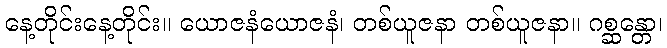
နေ့တိုင်းနေ့တိုင်း။ ယောဇနံယောဇနံ၊ တစ်ယူဇနာ တစ်ယူဇနာ။ ဂစ္ဆန္တော၊